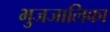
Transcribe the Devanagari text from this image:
भुजजालिका